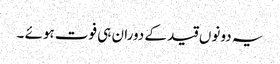
یہ دونوں قید کے دوران ہی فوت ہوئے ۔